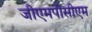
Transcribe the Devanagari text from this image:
जीएमपीसीएम